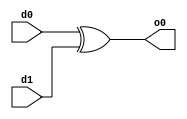
module xor_7b (
    input wire [6:0] d0,
    input wire [6:0] d1,
    output wire [6:0] o0
);

    assign o0 = d0 ^ d1;
    
endmodule